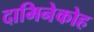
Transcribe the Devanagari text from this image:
दामिनेकोह